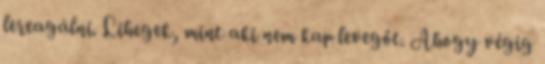
lereagálni. Lihegek, mint aki nem kap levegőt. Ahogy végig